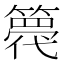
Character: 𮆋